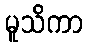
မူသိကာ